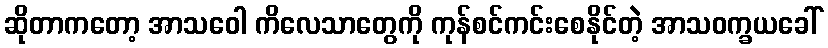
ဆိုတာကတော့ အာသဝေါ ကိလေသာတွေကို ကုန်စင်ကင်းစေနိုင်တဲ့ အာသဝက္ခယခေါ်